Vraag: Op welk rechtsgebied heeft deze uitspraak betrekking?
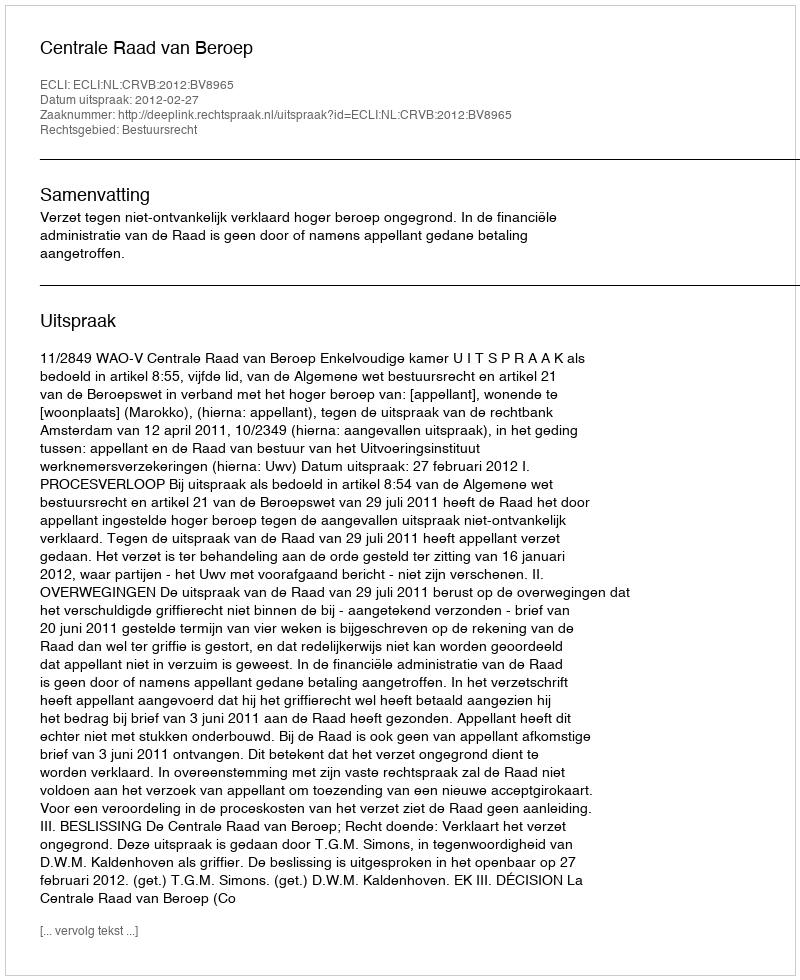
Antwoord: Bestuursrecht